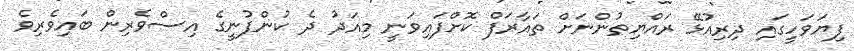
ފިޔަވަހީގައި ދިރިއުޅޭ ރައްޔިތުންނަށް ތައާރަފް ކޮށްފައިވަނީ މިއަދު ދެ ކުންފުނީގެ އިސްވެރިން ބައިވެރިވެ